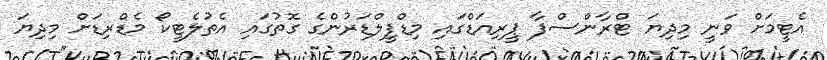
އެޓީމަށް ވަނީ މިދިޔަ ޓްރާންސްފާ ޕީރިއަޑްގައި މިޑްފީލްޑަރުންގެ ގޮތުގައި އެތުލެޓީކޯ މެޑްރިޑަށް މިދިޔަ